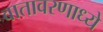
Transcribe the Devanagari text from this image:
वातावरणाध्ये